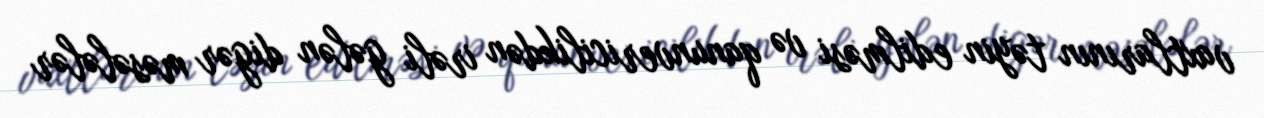
vaxtlarının təyin edilməsi və qanunvericilikdən irəli gələn digər məsələlər